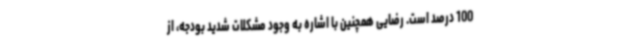
100 درصد است. رضایی همچنین با اشاره به وجود مشکلات شدید بودجه، از